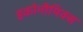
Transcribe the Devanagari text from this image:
इकोनौमिक्स